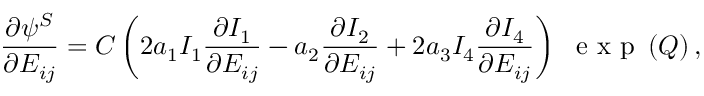
\frac { \partial \psi ^ { S } } { \partial E _ { i j } } = C \left( 2 a _ { 1 } I _ { 1 } \frac { \partial I _ { 1 } } { \partial E _ { i j } } - a _ { 2 } \frac { \partial I _ { 2 } } { \partial E _ { i j } } + 2 a _ { 3 } I _ { 4 } \frac { \partial I _ { 4 } } { \partial E _ { i j } } \right) \ \mathrm { ~ e ~ x ~ p ~ } \left( Q \right) ,